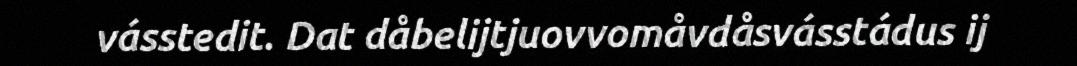
vásstedit. Dat dåbelijtjuovvomåvdåsvásstádus ij